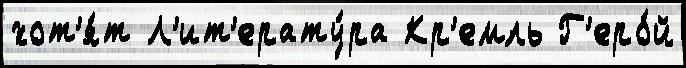
хот'я́т Л'ит'ерату́ра Кр'емль Г'еро́й